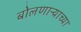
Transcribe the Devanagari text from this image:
बोलणाऱ्याच्या